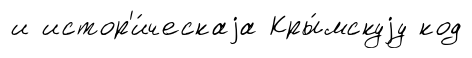
и истор'и́ческаjа Кры́мскуjу код